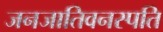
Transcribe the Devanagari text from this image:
जनजातिवनस्पति